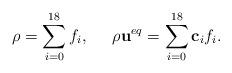
LaTeX: \begin{align*}\rho = \sum\limits_{i = 0}^{18} {{f_i}} ,\;\;\;\;\;\rho {{\bf{u}}^{eq}} = \sum\limits_{i = 0}^{18} {{{\bf{c}}_i}{f_i}} .\end{align*}